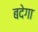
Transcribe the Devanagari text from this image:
बदेगा